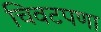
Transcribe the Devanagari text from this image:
चिवटपणा